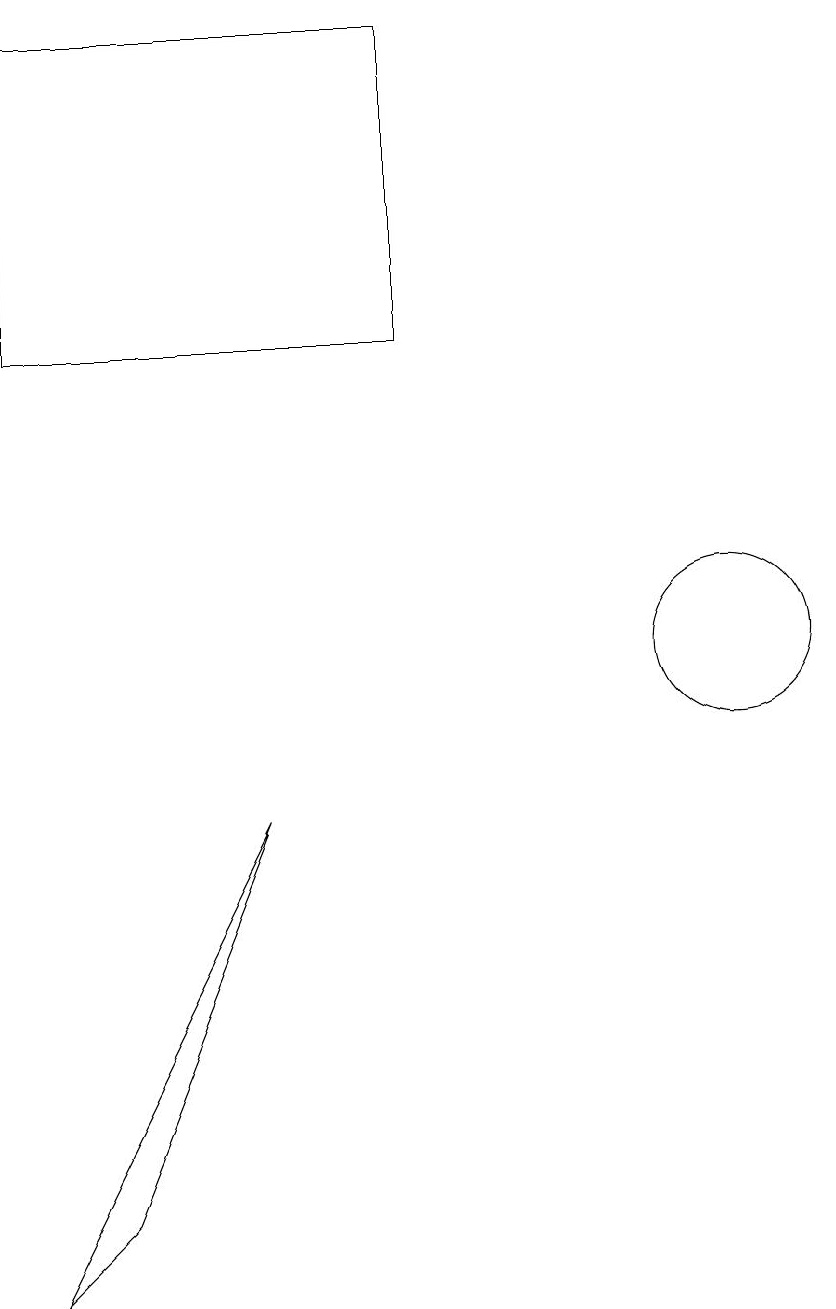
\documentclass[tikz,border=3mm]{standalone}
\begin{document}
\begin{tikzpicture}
\draw (10,11) circle (1);
\draw (1,3) -- (2,4) -- (4,9) -- cycle;
\draw (1,19) rectangle (6,15);
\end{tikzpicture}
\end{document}